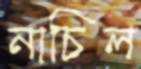
নাচিল